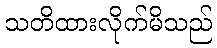
သတိထားလိုက်မိသည်